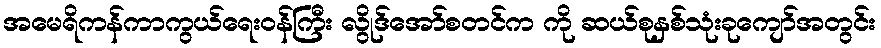
အမေရိကန်ကာကွယ်ရေးဝန်ကြီး လွိုဒ်အော်စတင်က ကို ဆယ်စုနှစ်သုံးခုကျော်အတွင်း